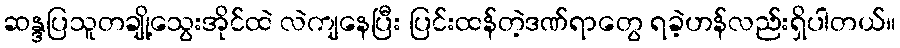
ဆန္ဒပြသူတချို့သွေးအိုင်ထဲ လဲကျနေပြီး ပြင်းထန်တဲ့ဒဏ်ရာတွေ ရခဲ့ဟန်လည်းရှိပါတယ်။